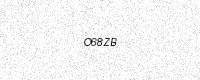
Text: O68ZB